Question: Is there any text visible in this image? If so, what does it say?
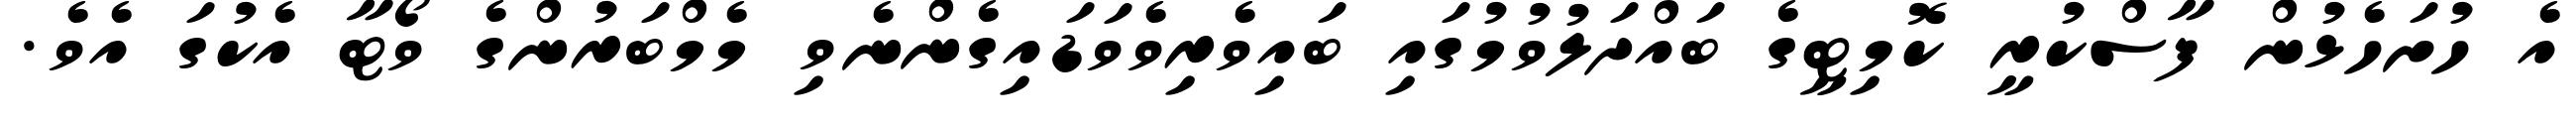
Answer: އެ ހުށަހެޅުން ފާސްކުރީ ކޮމިޓީގެ ބައްދަލުވުމުގައި ބައިވެރިވެވަޑައިގެންނެވި މެމްބަރުންގެ ވޯޓާ އެކުގަ އެވެ.